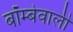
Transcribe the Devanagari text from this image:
बॉम्बेवाली